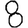
Digit: 8